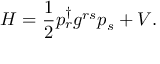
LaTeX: H = { \frac { 1 } { 2 } } p _ { r } ^ { \dagger } g ^ { r s } p _ { s } ^ { } + V .